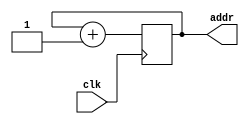
module count6b(clk,addr);
input clk;
output reg[5:0]addr;
always@(posedge clk)
begin
 addr<=addr+6'b000001;
end
endmodule